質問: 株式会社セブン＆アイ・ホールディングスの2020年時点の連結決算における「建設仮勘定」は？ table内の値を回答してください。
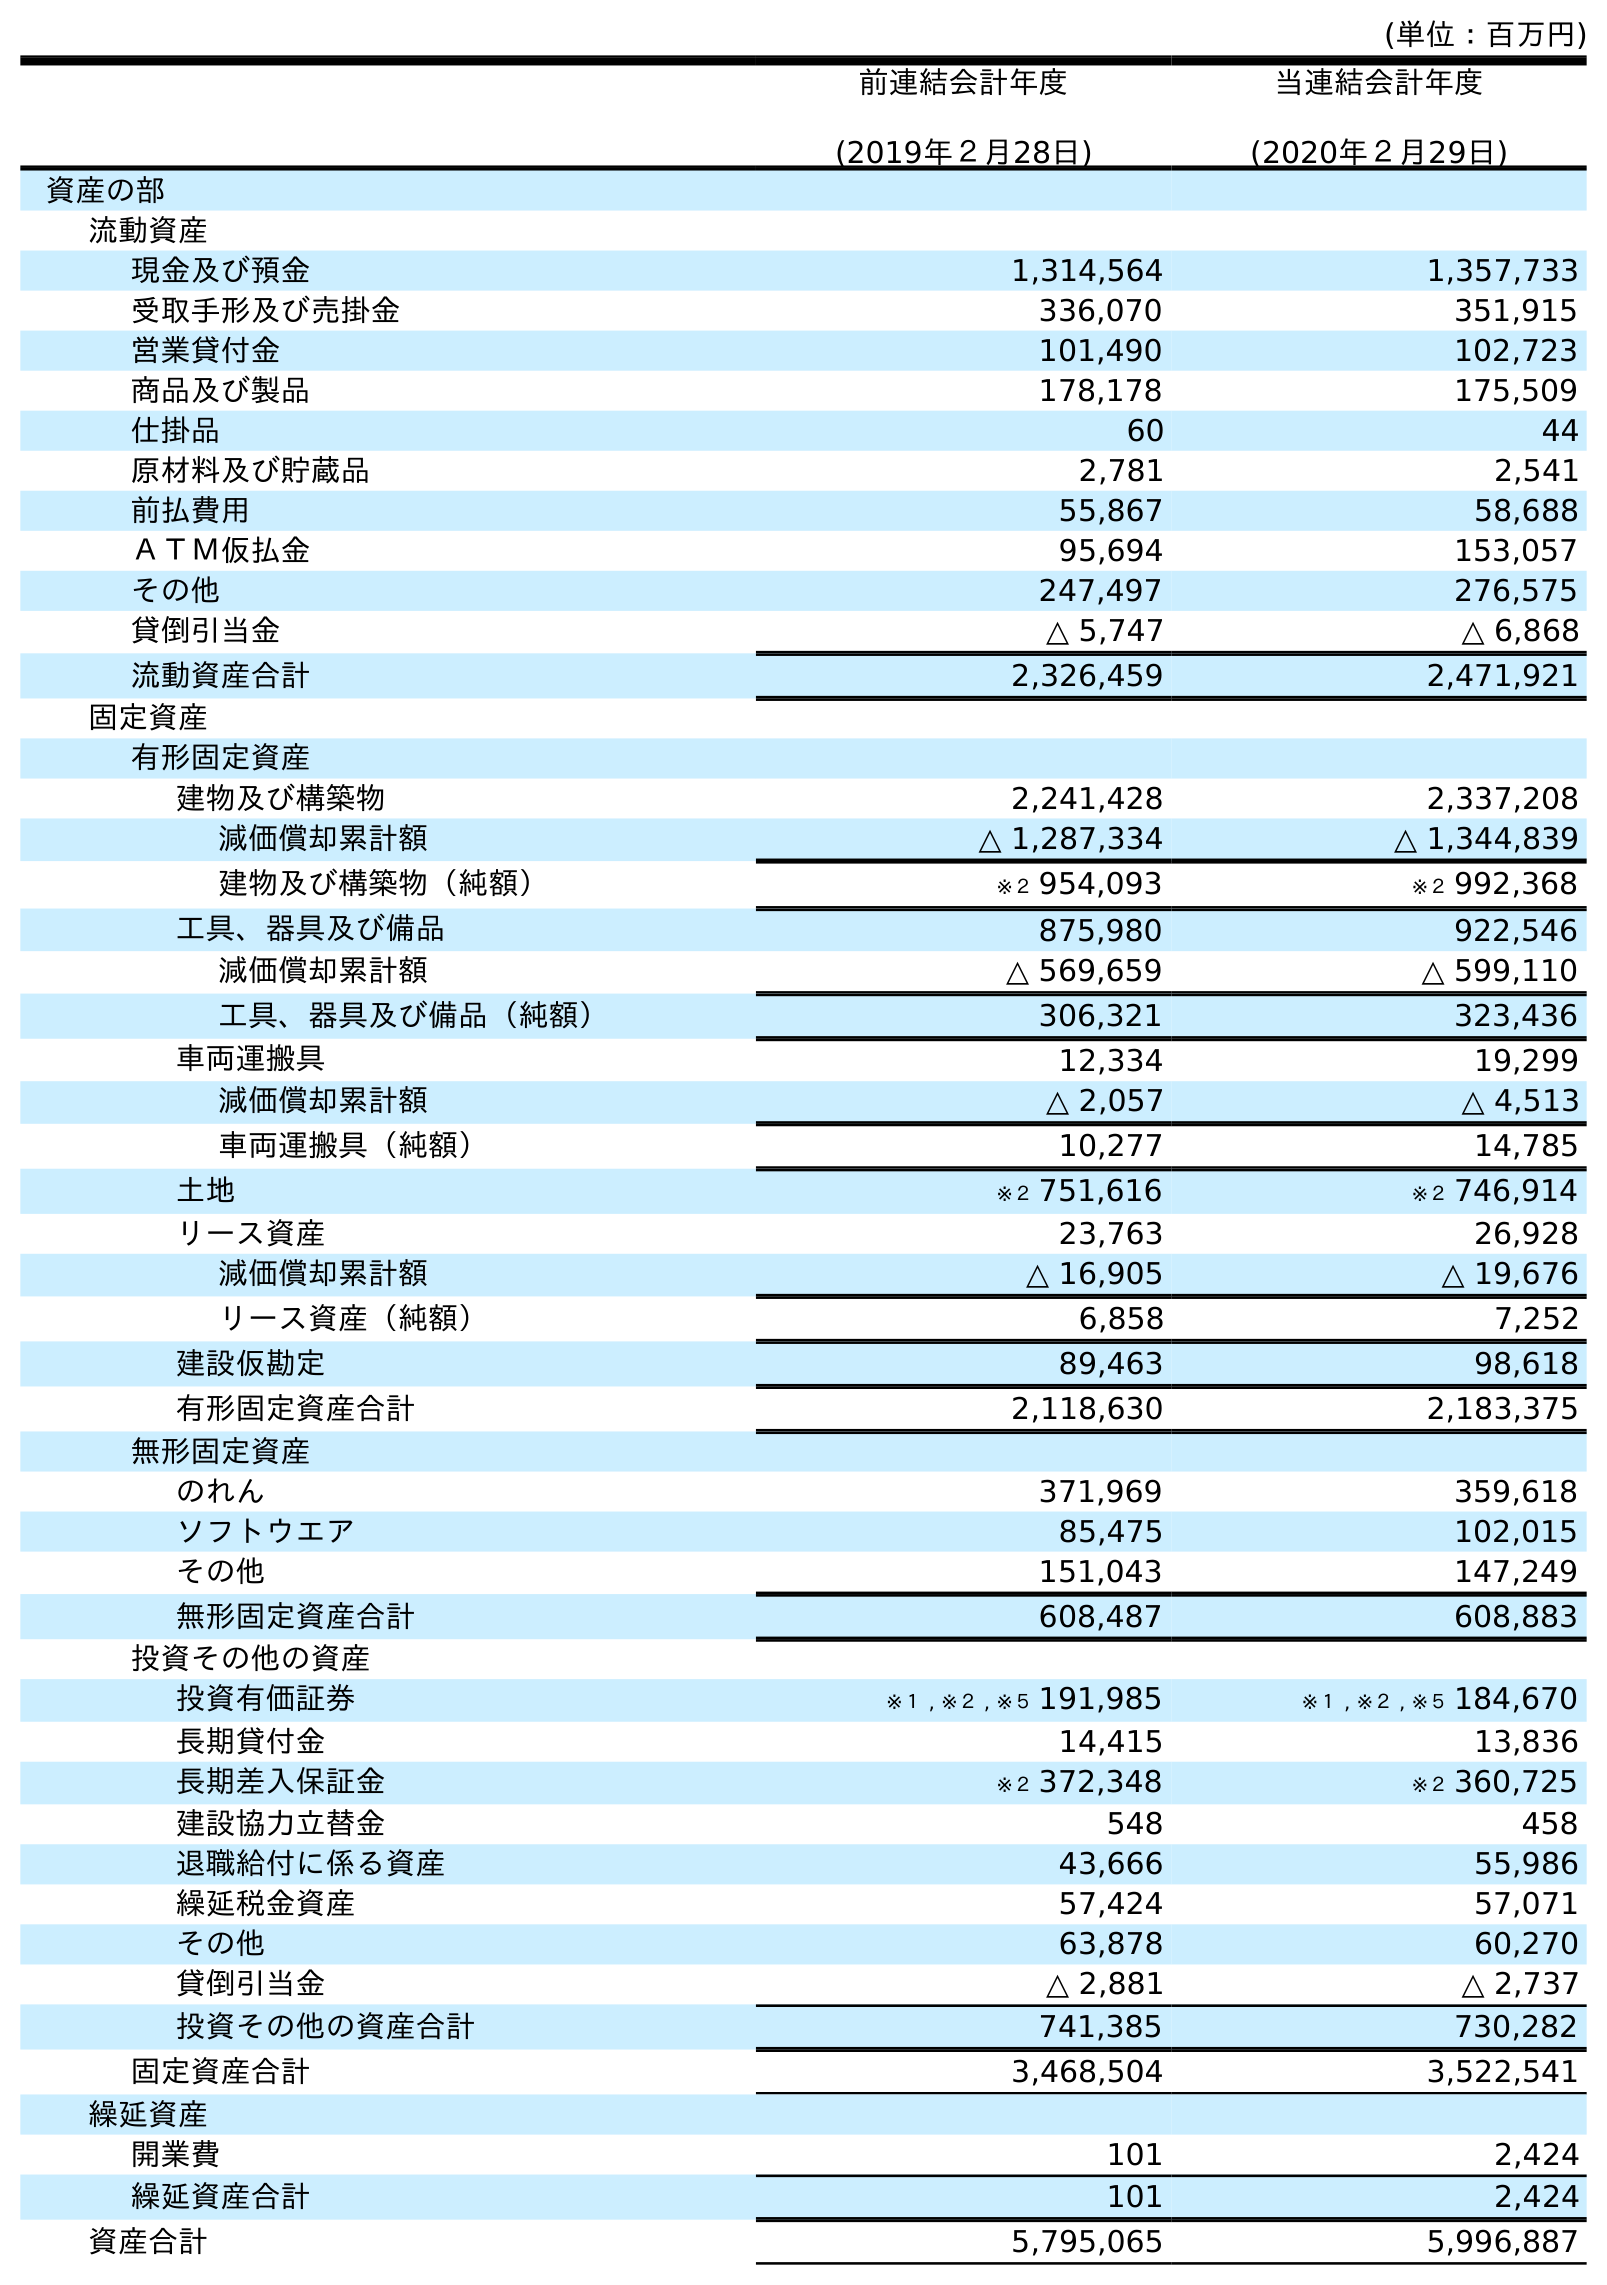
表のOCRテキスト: (単位：百万円) 前連結会計年度 (2019年２月28日) 当連結会計年度 (2020年２月29日) 資産の部 流動資産 現金及び預金 1,314,564 1,357,733 受取手形及び売掛金 336,070 351,915 営業貸付金 101,490 102,723 商品及び製品 178,178 175,509 仕掛品 60 44 原材料及び貯蔵品 2,781 2,541 前払費用 55,867 58,688 ＡＴＭ仮払金 95,694 153,057 その他 247,497 276,575 貸倒引当金 △ 5,747 △ 6,868 流動資産合計 2,326,459 2,471,921 固定資産 有形固定資産 建物及び構築物 2,241,428 2,337,208 減価償却累計額 △ 1,287,334 △ 1,344,839 建物及び構築物（純額） ※２ 954,093 ※２ 992,368 工具、器具及び備品 875,980 922,546 減価償却累計額 △ 569,659 △ 599,110 工具、器具及び備品（純額） 306,321 323,436 車両運搬具 12,334 19,299 減価償却累計額 △ 2,057 △ 4,513 車両運搬具（純額） 10,277 14,785 土地 ※２ 751,616 ※２ 746,914 リース資産 23,763 26,928 減価償却累計額 △ 16,905 △ 19,676 リース資産（純額） 6,858 7,252 建設仮勘定 89,463 98,618 有形固定資産合計 2,118,630 2,183,375 無形固定資産 のれん 371,969 359,618 ソフトウエア 85,475 102,015 その他 151,043 147,249 無形固定資産合計 608,487 608,883 投資その他の資産 投資有価証券 ※１ , ※２ , ※５ 191,985 ※１ , ※２ , ※５ 184,670 長期貸付金 14,415 13,836 長期差入保証金 ※２ 372,348 ※２ 360,725 建設協力立替金 548 458 退職給付に係る資産 43,666 55,986 繰延税金資産 57,424 57,071 その他 63,878 60,270 貸倒引当金 △ 2,881 △ 2,737 投資その他の資産合計 741,385 730,282 固定資産合計 3,468,504 3,522,541 繰延資産 開業費 101 2,424 繰延資産合計 101 2,424 資産合計 5,795,065 5,996,887
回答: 98,618